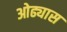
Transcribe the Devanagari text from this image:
ओढ्यास